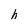
Character: h